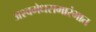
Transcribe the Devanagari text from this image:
अश्वमेधसमारंभात